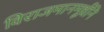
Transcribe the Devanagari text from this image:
विराजमानमूर्धनि